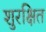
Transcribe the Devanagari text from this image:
शुरक्षित